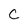
Character: c